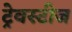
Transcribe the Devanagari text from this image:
ट्रेवस्टीज